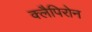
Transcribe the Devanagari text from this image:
क्लैपिरोन